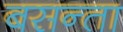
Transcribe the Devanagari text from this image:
बसन्ता